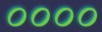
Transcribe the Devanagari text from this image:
००००